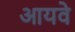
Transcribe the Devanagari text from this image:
आयवे